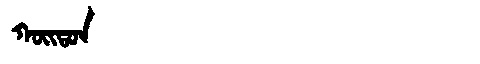
Manchu: ᡴᠣᡳᡨᠣᠨ
Romanization: KOITON